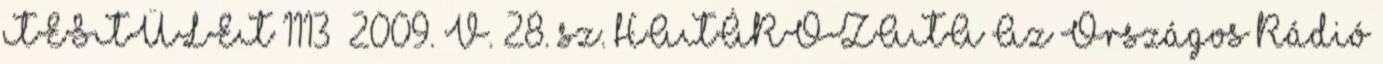
TESTÜLET 1113 2009. V. 28. sz. HATÁROZATA Az Országos Rádió